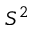
S ^ { 2 }